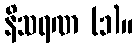
နိသရဏ (၁)။